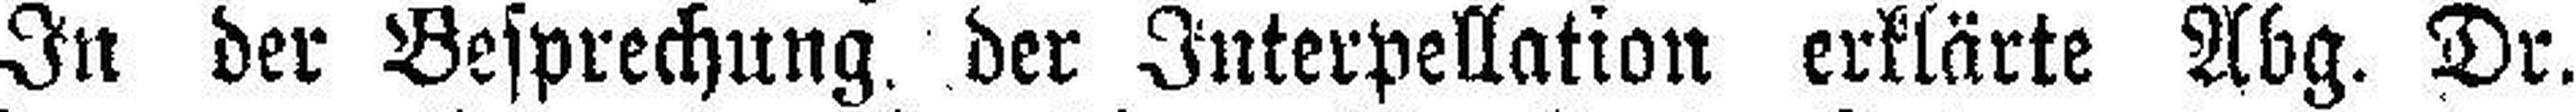
In der Besprechung der Interpellation erklärte Abg. Dr.